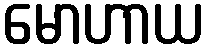
မောဟာယ